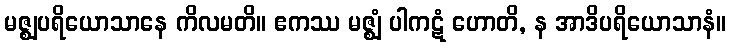
မဇ္ဈပရိယောသာနေ ကိလမတိ။ ဧကဿ မဇ္ဈံ ပါကဋံ ဟောတိ, န အာဒိပရိယောသာနံ။